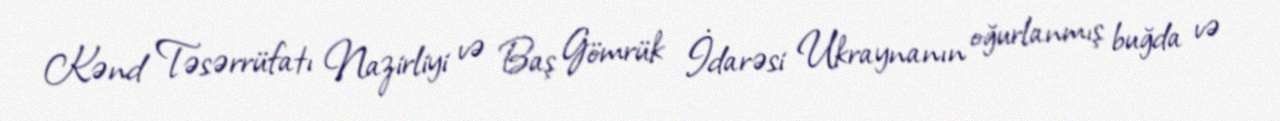
Kənd Təsərrüfatı Nazirliyi və Baş Gömrük İdarəsi Ukraynanın oğurlanmış buğda və